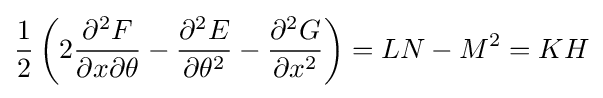
{\frac {1}{2}}\left(2{\frac {\partial ^{2}F}{\partial x\partial \theta }}-{\frac {\partial ^{2}E}{\partial \theta ^{2}}}-{\frac {\partial ^{2}G}{\partial x^{2}}}\right)=LN-M^{2}=KH